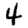
Digit: 4